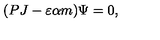
( P J - \varepsilon \alpha m ) \Psi = 0 ,